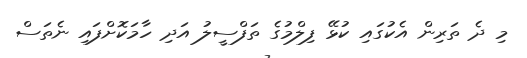
މި ދެ ތަރިން އެކުގައި ކުޅޭ ފިލްމުގެ ތަފްސީލު އަދި ހާމަކޮށްފައި ނެތަސް